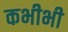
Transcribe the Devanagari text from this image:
कभीभी